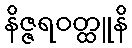
နိဇ္ဇရဝတ္ထူနိ